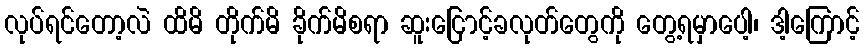
လုပ်ရင်တော့လဲ ထိမိ တိုက်မိ ခိုက်မိစရာ ဆူးငြောင့်ခလုတ်တွေကို တွေ့ရမှာပေါ့၊ ဒါ့ကြောင့်